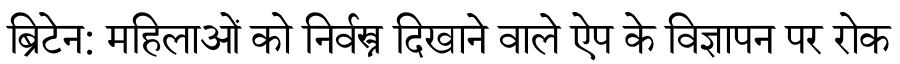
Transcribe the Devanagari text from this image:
ब्रिटेन: महिलाओं को निर्वस्त्र दिखाने वाले ऐप के विज्ञापन पर रोक